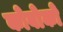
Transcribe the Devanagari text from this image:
कोबोको